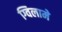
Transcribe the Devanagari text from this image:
ग्विलामे